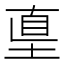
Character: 𡌴